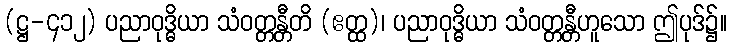
(ဋ္ဌ-၄၁၂) ပညာဝုဒ္ဓိယာ သံဝတ္တန္တီတိ (ဧတ္ထ)၊ ပညာဝုဒ္ဓိယာ သံဝတ္တန္တီဟူသော ဤပုဒ်၌။